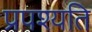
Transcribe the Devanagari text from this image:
प्रपश्यति